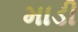
માડી